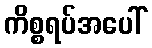
ကိစ္စရပ်အပေါ်